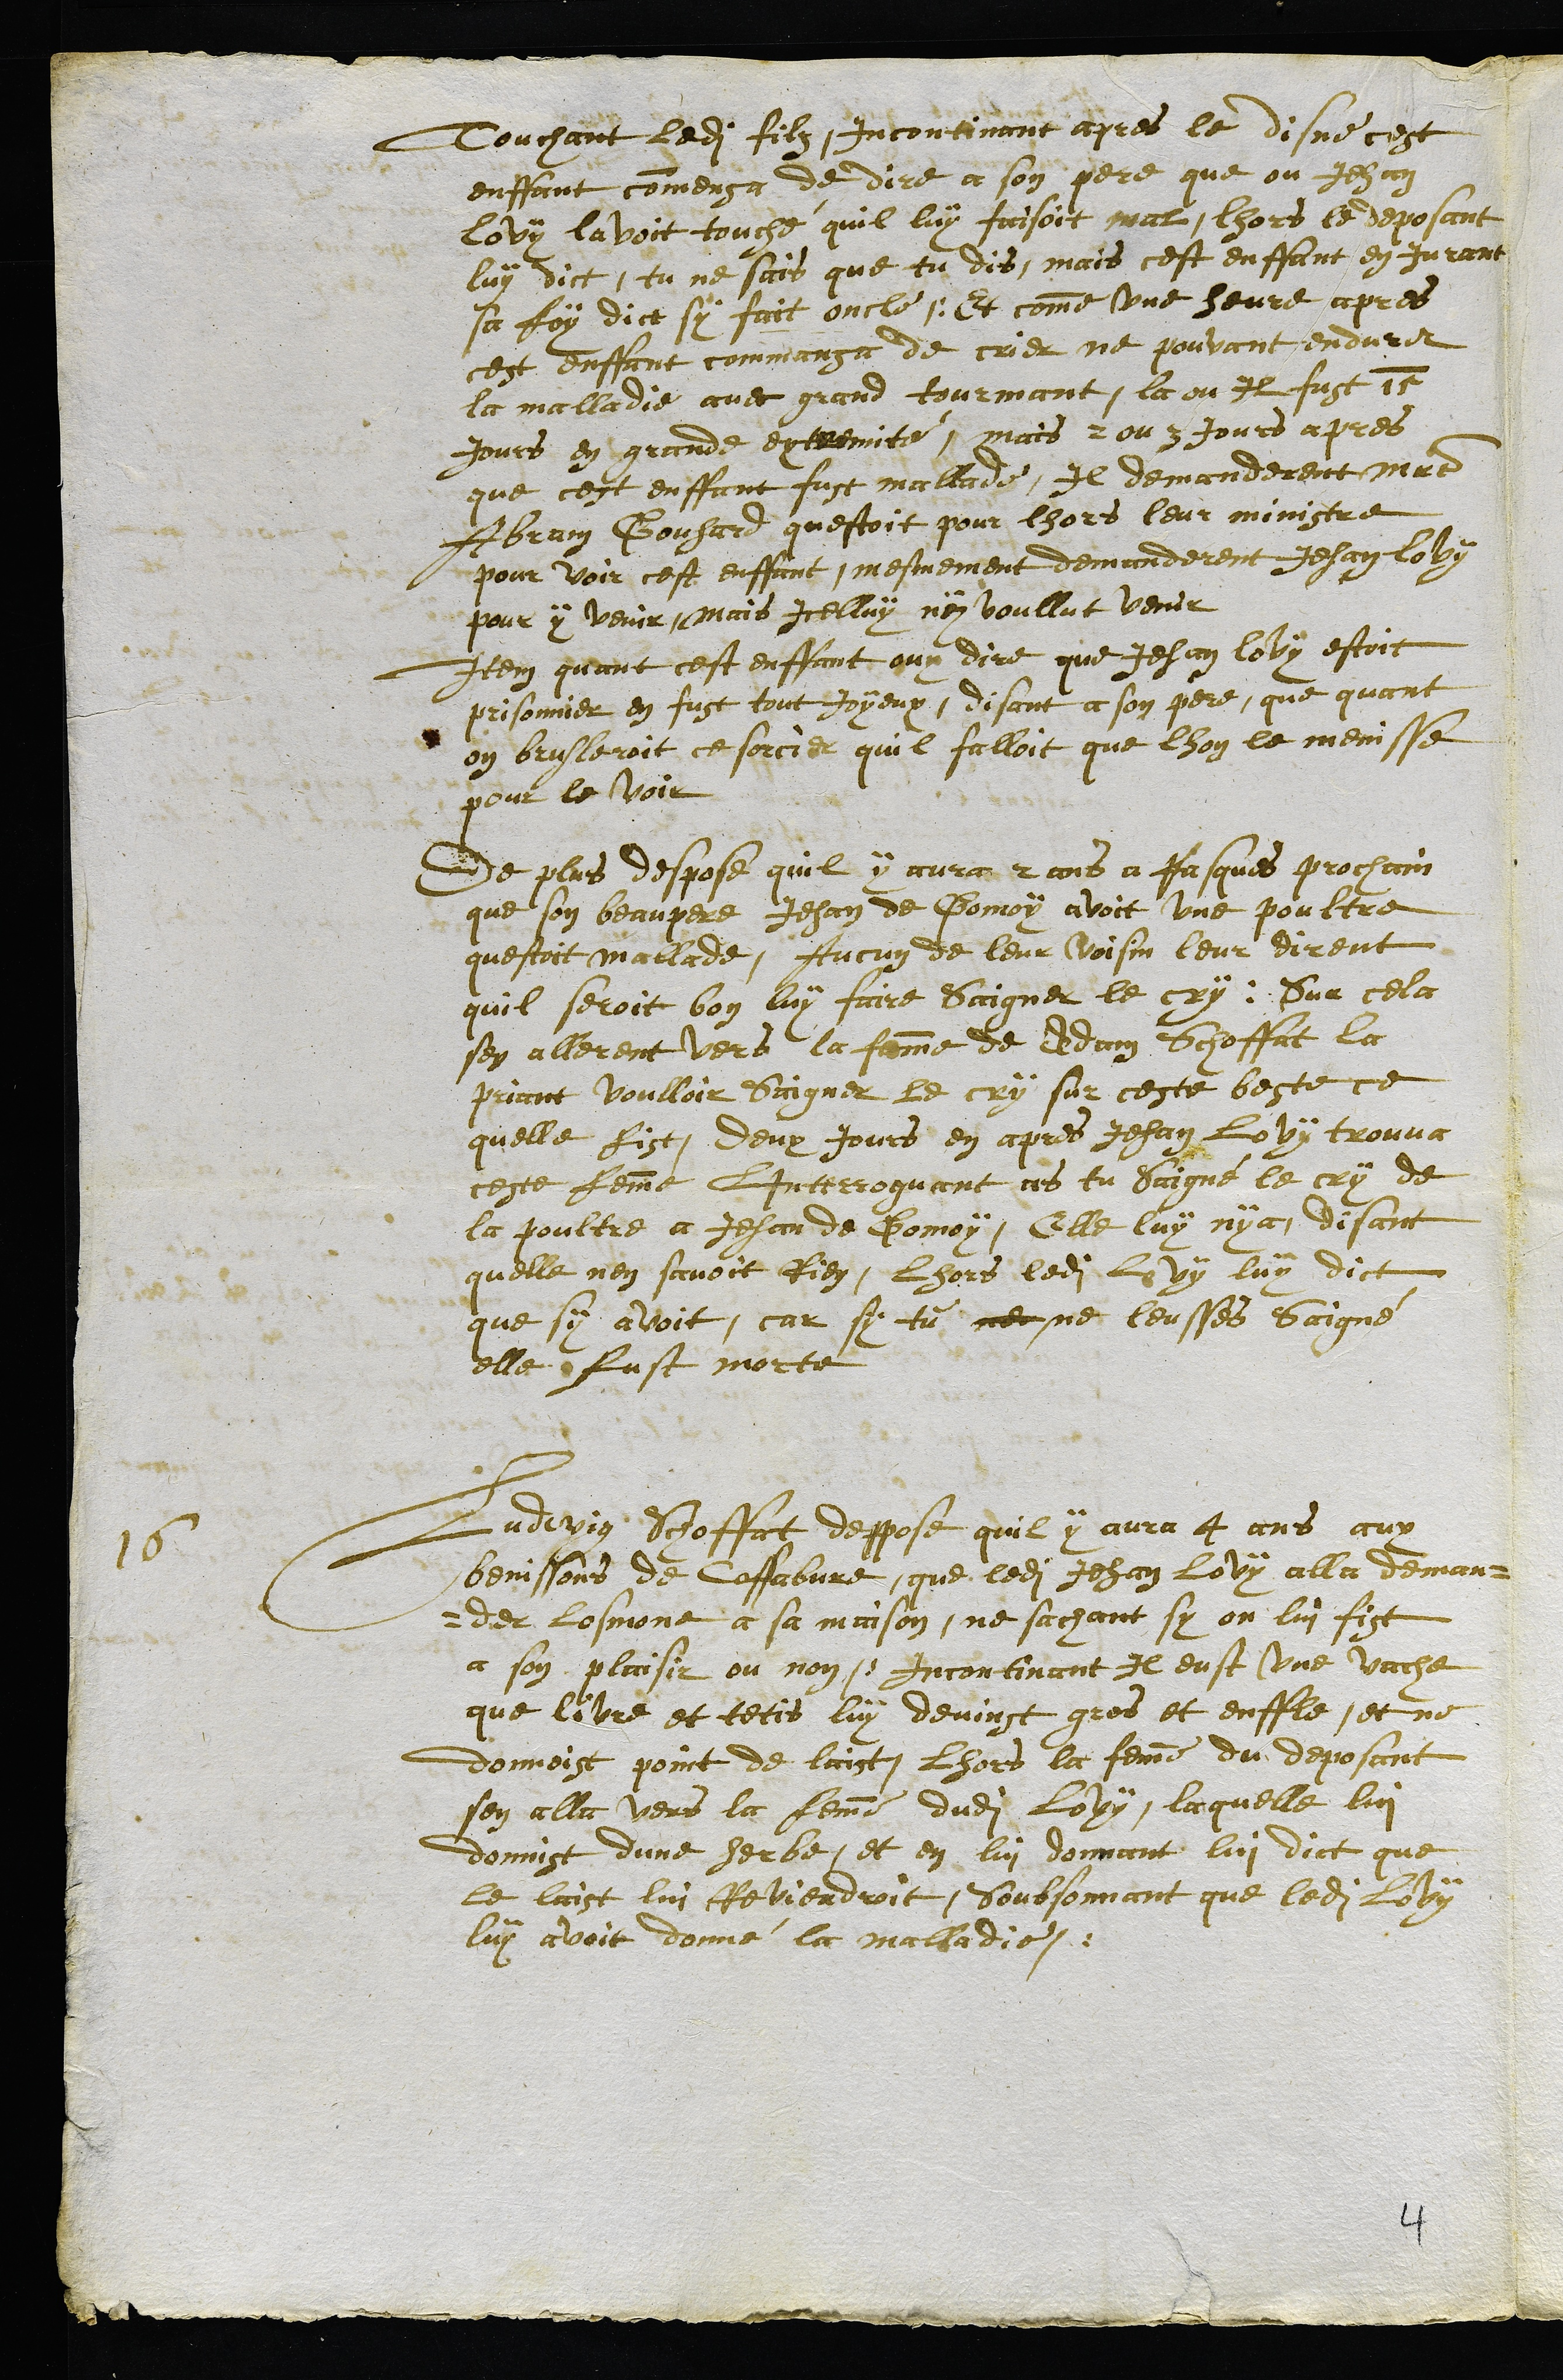
Touchant ledit filz, incontinant apres le disne cest
enffant commensa de dire a son pere que ou Jehan
Lovy lavoit touché quil luy faisoit mal, lhors le deposant
luy dict, tu ne sais que tu dis, mais cest enffant en Jurant
sa foy dict sy fait oncle, Et comme une heure apres
cest enffant commansa de crier ne pouvant endurer
la malladie avec grand tourmant, la ou il fust 15
jours en grande extremité, mais 2 ou 3 jours apres
que cest enffant fust mallade, Il demanderent maitre
Abram Gouhard questoit pour lhors leur ministre
pour voir cest enffant, mesmement demanderent Jehan Lovy
pour y venir, mais icelluy ny voullut venir
Item quant cest enffant ouy dire que Jehan lovy estoit
prisonnier en fust tout Joyeux, disant a son pere, que quant
on brusleroit ce sorcier quil falloit que lhon le menisse
pour le voir
De plus despose quil y aura 2 ans a Pasques prochain
que son beau pere Jehan de Gomoy avoit une poultre
questoit mallade, Aucun de leur voisin leur dirent
quil seroit bon luy faire Saigner le cry. Sur cela
sen allerent vers la femme de Adam Schoffat la
priant voulloir Saigner le cry sur ceste beste ce
quelle fist, deux Jours en apres Jehan Lovy trouva
ceste femme LInterroguant ces tu Saigné le cry de
la poultre a Jehan de Gomoy, Elle luy nya, disant
quelle nen savoit Rien, Lhors ledit Lovy luy dict
que sy avoit, car si tu ner ne leusses Saigné
elle fust morte
16 Ludwig Schoffat deppose quil y aura 4 ans aux
benissons de Coffabvre, que ledit Jehan Lovy alla deman¬
der Losmone a sa maison, ne sachant sy on lui fist
a son plaisir ou non, Incontinant Il eust une vache
que livre et tetis luy devinst gros et enffle, et ne
donnoist point de laict, Lhors la femme du deposant
sen alla vers la femme dudit Lovy, laquelle lui
donnist dune herbe, et en lui donnant lui dict que
le laist lui Reviendroit, Soubsonnant que ledit Lovy
luy avoit donné la malladie.
4